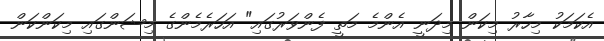
އެކަމަކު މިހާރު މިކަން މިދަނީ އެންމެ މަތީ ފެންވަރުގައި" އަހަރެމެންގެ މިޝަންގައި މިކަންކަން